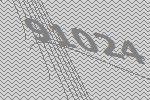
91024